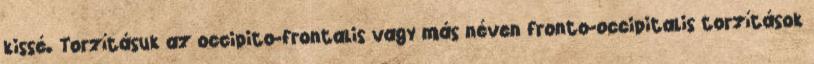
kissé. Torzításuk az occipito-frontalis vagy más néven fronto-occipitalis torzítások